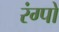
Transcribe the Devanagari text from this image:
रंग्पो